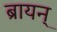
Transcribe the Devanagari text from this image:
ब्रायन्